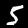
Label: 5